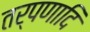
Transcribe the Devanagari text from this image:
तर्पणादि